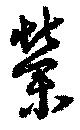
栄